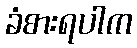
ခံစားရပါက